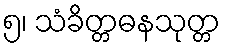
၅၊ သံခိတ္တဓနသုတ္တ